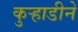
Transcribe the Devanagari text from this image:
कुऱ्हाडीने